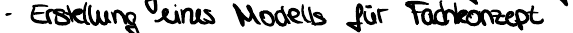
- Erstellung eines Modells für Fachkonzept